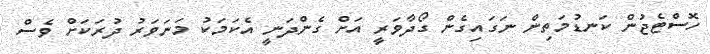
ހޮސްޓެޖުން ކަނޑުމަތިން ނަގައިގެން ގޯދާވަރީ އަށް ގެންދަނީ އެކަމަކު މަނަވަރު ދުރަކަށް ވެސް